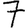
Digit: 7